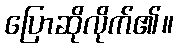
ပြောဆိုလိုက်၏။